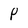
Character: P